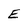
Character: E